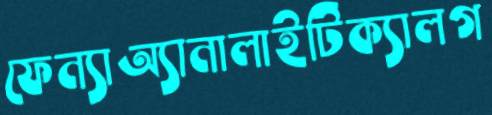
ফেন্যাঅ্যানালাইটিক্যালগ